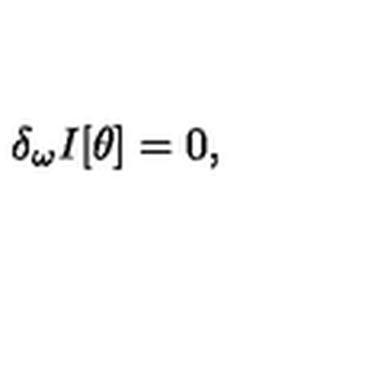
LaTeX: \delta _ { \omega } I [ \theta ] = 0 ,